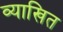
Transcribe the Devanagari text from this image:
व्याखित